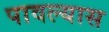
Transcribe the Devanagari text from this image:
पावल्यास